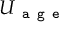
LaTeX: U _ { \texttt { a g e } }